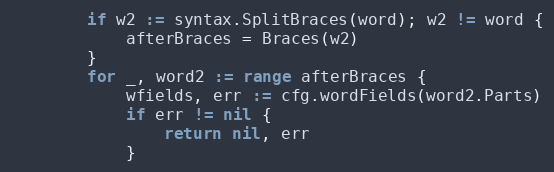
Language: Go
		if w2 := syntax.SplitBraces(word); w2 != word {
			afterBraces = Braces(w2)
		}
		for _, word2 := range afterBraces {
			wfields, err := cfg.wordFields(word2.Parts)
			if err != nil {
				return nil, err
			}